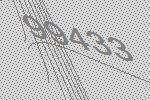
99433